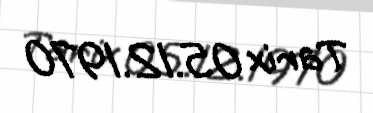
Tarix 05.12.1970